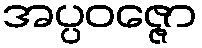
အပ္ပဝဇ္ဇော